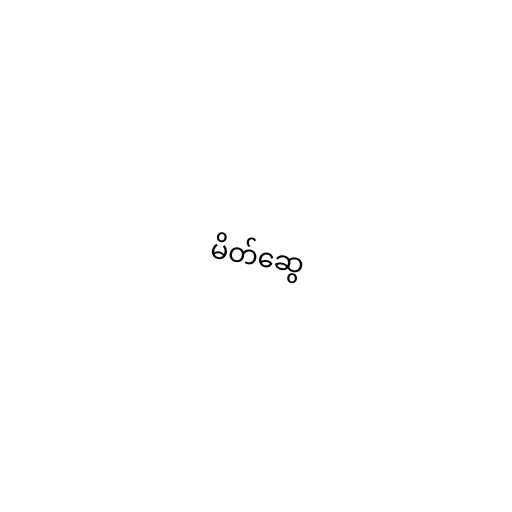
မိတ်ဆွေ